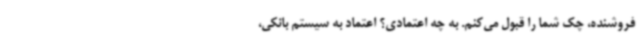
فروشنده، چک شما را قبول می‌کنم. به چه اعتمادی؟ اعتماد به سیستم بانکی،